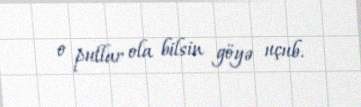
o pullar ola bilsin göyə uçub.